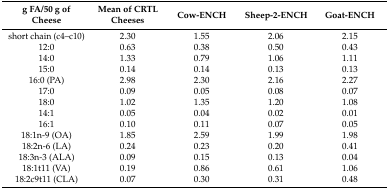
<table><thead><tr><td><b>g FA/50 g of Cheese</b></td><td><b>Mean of CRTL Cheeses</b></td><td><b>Cow-ENCH</b></td><td><b>Sheep-2-ENCH</b></td><td><b>Goat-ENCH</b></td></tr></thead><tbody><tr><td>short chain (c4–c10)</td><td>2.30</td><td>1.55</td><td>2.06</td><td>2.15</td></tr><tr><td>12:0</td><td>0.63</td><td>0.38</td><td>0.50</td><td>0.43</td></tr><tr><td>14:0</td><td>1.33</td><td>0.79</td><td>1.06</td><td>1.11</td></tr><tr><td>15:0</td><td>0.14</td><td>0.14</td><td>0.13</td><td>0.13</td></tr><tr><td>16:0 (PA)</td><td>2.98</td><td>2.30</td><td>2.16</td><td>2.27</td></tr><tr><td>17:0</td><td>0.09</td><td>0.05</td><td>0.08</td><td>0.07</td></tr><tr><td>18:0</td><td>1.02</td><td>1.35</td><td>1.20</td><td>1.08</td></tr><tr><td>14:1</td><td>0.05</td><td>0.04</td><td>0.02</td><td>0.01</td></tr><tr><td>16:1</td><td>0.10</td><td>0.11</td><td>0.07</td><td>0.05</td></tr><tr><td>18:1n-9 (OA)</td><td>1.85</td><td>2.59</td><td>1.99</td><td>1.98</td></tr><tr><td>18:2n-6 (LA)</td><td>0.24</td><td>0.23</td><td>0.20</td><td>0.41</td></tr><tr><td>18:3n-3 (ALA)</td><td>0.09</td><td>0.15</td><td>0.13</td><td>0.04</td></tr><tr><td>18:1t11 (VA)</td><td>0.19</td><td>0.86</td><td>0.61</td><td>1.06</td></tr><tr><td>18:2c9t11 (CLA)</td><td>0.07</td><td>0.30</td><td>0.31</td><td>0.48</td></tr></tbody></table>